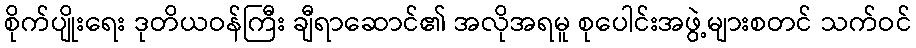
စိုက်ပျိုးရေး ဒုတိယဝန်ကြီး ချီရာဆောင်၏ အလိုအရမူ စုပေါင်းအဖွဲ့များစတင် သက်ဝင်